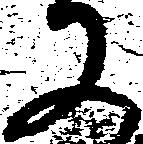
又